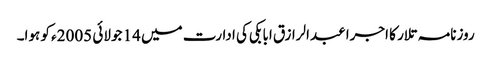
روزنامہ تلار کا اجرا عبدالرازق ابابکی کی ادارت میں 14 جولائی 2005ء کو ہوا۔